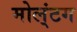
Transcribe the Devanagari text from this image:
मोल्‌ंटग